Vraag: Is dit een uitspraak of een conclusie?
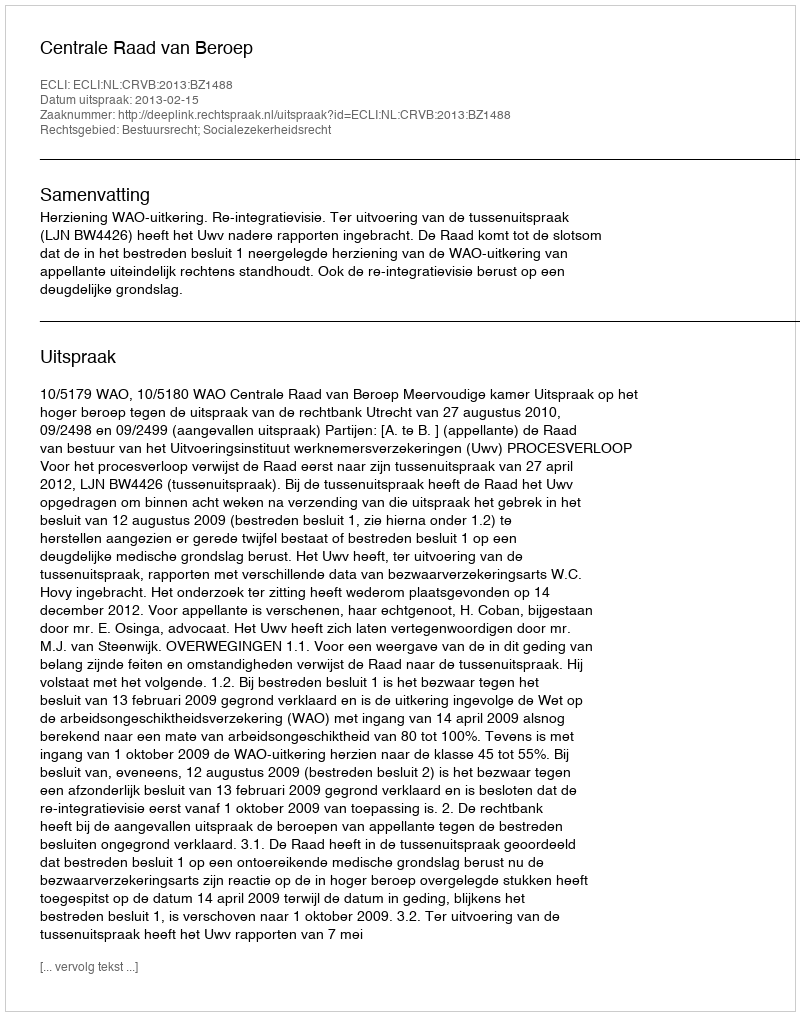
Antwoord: Uitspraak